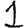
Digit: 1